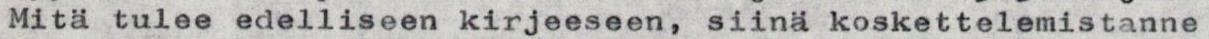
Mitä tulee edelliseen kirjeeseen, siinä koskettelemistanne